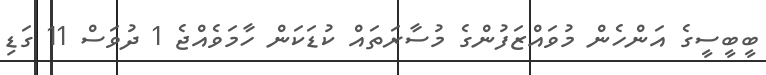
ބީބީސީގެ އަންހެން މުވައްޒަފުންގެ މުސާރަތައް ކުޑަކަން ހާމަވެއްޖެ 1 ދުވަސް 11 ގަޑި